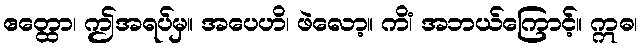
ဧတ္ထော၊ ဤအရပ်မှ။ အပေဟိ၊ ဖဲလော့။ ကိံ၊ အဘယ်ကြောင့်။ ဣဓ၊